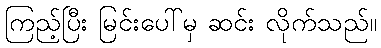
ကြည့်ပြီး မြင်းပေါ်မှ ဆင်း လိုက်သည်။